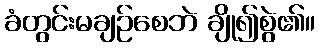
ခံတွင်းမချဉ်စေဘဲ ချို၍စွဲ၏။